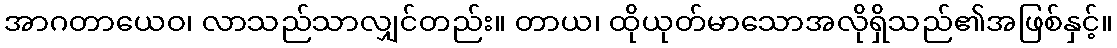
အာဂတာယေဝ၊ လာသည်သာလျှင်တည်း။ တာယ၊ ထိုယုတ်မာသောအလိုရှိသည်၏အဖြစ်နှင့်။